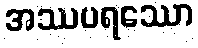
အဿပရဿော